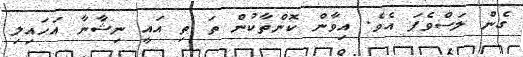
ގެން ލަސްވެފަ އެވެ. އިވާން ކޮންތާކުން ތަ ތި އައީ ނިޝާނާ އަހައިލި